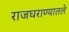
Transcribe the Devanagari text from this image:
राजघराण्यातले